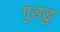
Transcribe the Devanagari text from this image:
गुडडु